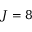
J = 8